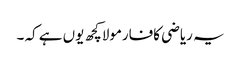
یہ ریاضی کافارمولاکچھ یوں ہے کہ ۔